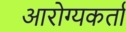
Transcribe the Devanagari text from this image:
आरोग्यकर्ता